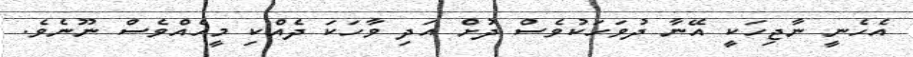
އެހެނީ ނާޖިހަކީ އޭނާ ދުވަހަކުވެސް ދުށް އަދި ވާހަކަ ދެއްކި މީހެއްވެސް ނޫނެވެ.